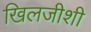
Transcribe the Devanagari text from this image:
खिलजीशी